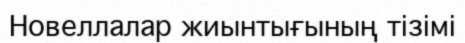
Новеллалар жиынтығының тізімі